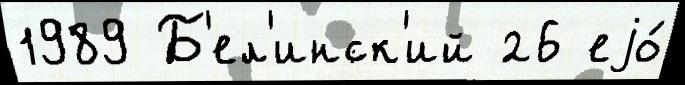
1989 Б'ел'инск'ий 26 еjо́